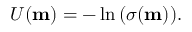
\begin{array} { r } { U ( \mathbf { m } ) = - \ln { \left( \sigma ( \mathbf { m } ) \right) } . } \end{array}